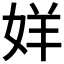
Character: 𫰧